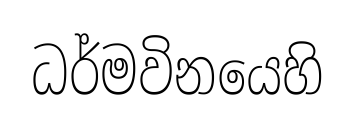
ධර්මවිනයෙහි